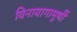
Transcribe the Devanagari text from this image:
विनायागामूर्थी